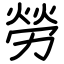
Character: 勞